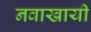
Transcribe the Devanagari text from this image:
नवाखायी